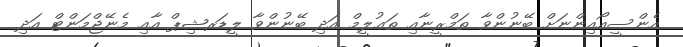
އެންސީއޯއިންނަށް ބޭނުންވާ ތަމްރީނާއި ތަޢުލީމް އަދި ބޭނުންވާ ލީޑަރޝިޕް އާއި މެނޭޖްމަންޓް އަދި